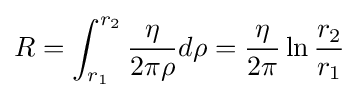
R=\int _{r_{1}}^{r_{2}}{\frac {\eta }{2\pi \rho }}d\rho ={\frac {\eta }{2\pi }}\ln {\frac {r_{2}}{r_{1}}}